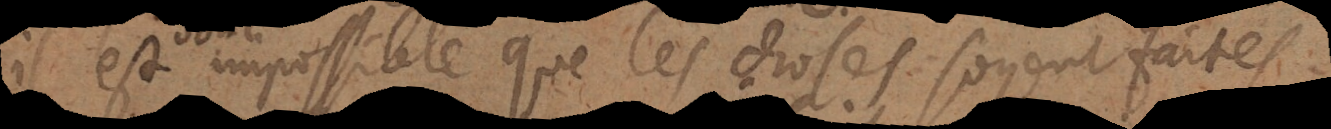
l est impossible que les choses soyent faites